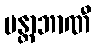
မန္တာဘာဏီ